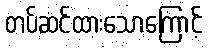
တပ်ဆင်ထားသောကြောင့်